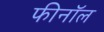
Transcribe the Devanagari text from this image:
फीनॉल